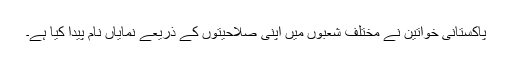
پاکستانی خواتین نے مختلف شعبوں میں اپنی صلاحیتوں کے ذریعے نمایاں نام پیدا کیا ہے۔